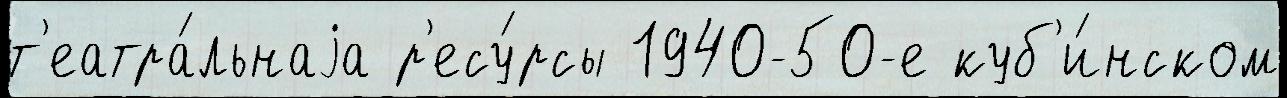
т'еатра́льнаjа р'есу́рсы 1940-50-е куб'и́нском